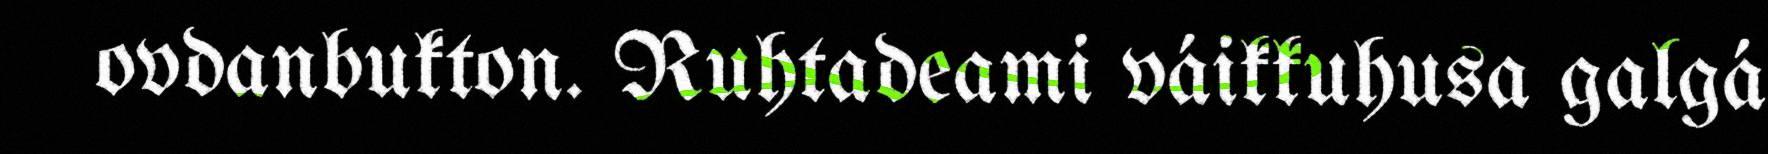
ovdanbukton. Ruhtadeami váikkuhusa galgá